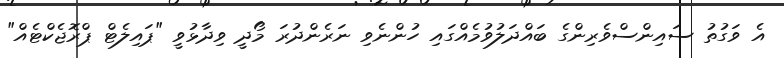
އެ ވަގުތު ސައިންސްވެރިންގެ ބައްދަލުވުމެއްގައި ހުންނެވި ނަރެންދުރަ މޯދީ ވިދާޅުވީ "ޕައިލެޓް ޕްރޮޖެކްޓެއް"